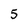
Character: 5